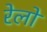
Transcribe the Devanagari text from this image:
रेलो